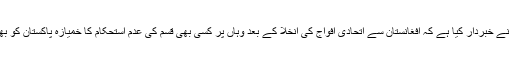
سرتاج عزیز نے خبردار کیا ہے کہ افغانستان سے اتحادی افواج کی انخلا کے بعد وہاں پر کسی بھی قسم کی عدم استحکام کا خمیازہ پاکستان کو بھگتنا پڑے گا۔